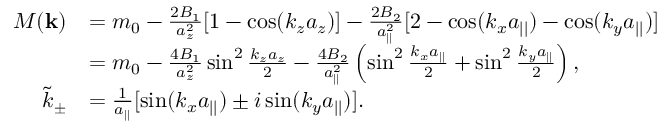
\begin{array} { r l } { M ( { \bf k } ) } & { = m _ { 0 } - \frac { 2 B _ { 1 } } { a _ { z } ^ { 2 } } [ 1 - \cos ( k _ { z } a _ { z } ) ] - \frac { 2 B _ { 2 } } { a _ { | | } ^ { 2 } } [ 2 - \cos ( k _ { x } a _ { | | } ) - \cos ( k _ { y } a _ { | | } ) ] } \\ & { = m _ { 0 } - \frac { 4 B _ { 1 } } { a _ { z } ^ { 2 } } \sin ^ { 2 } \frac { k _ { z } a _ { z } } { 2 } - \frac { 4 B _ { 2 } } { a _ { | | } ^ { 2 } } \left( \sin ^ { 2 } \frac { k _ { x } a _ { | | } } { 2 } + \sin ^ { 2 } \frac { k _ { y } a _ { | | } } { 2 } \right) , } \\ { \tilde { k } _ { \pm } } & { = \frac { 1 } { a _ { | | } } [ \sin ( k _ { x } a _ { | | } ) \pm i \sin ( k _ { y } a _ { | | } ) ] . } \end{array}